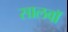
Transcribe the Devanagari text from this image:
सालवाॅ